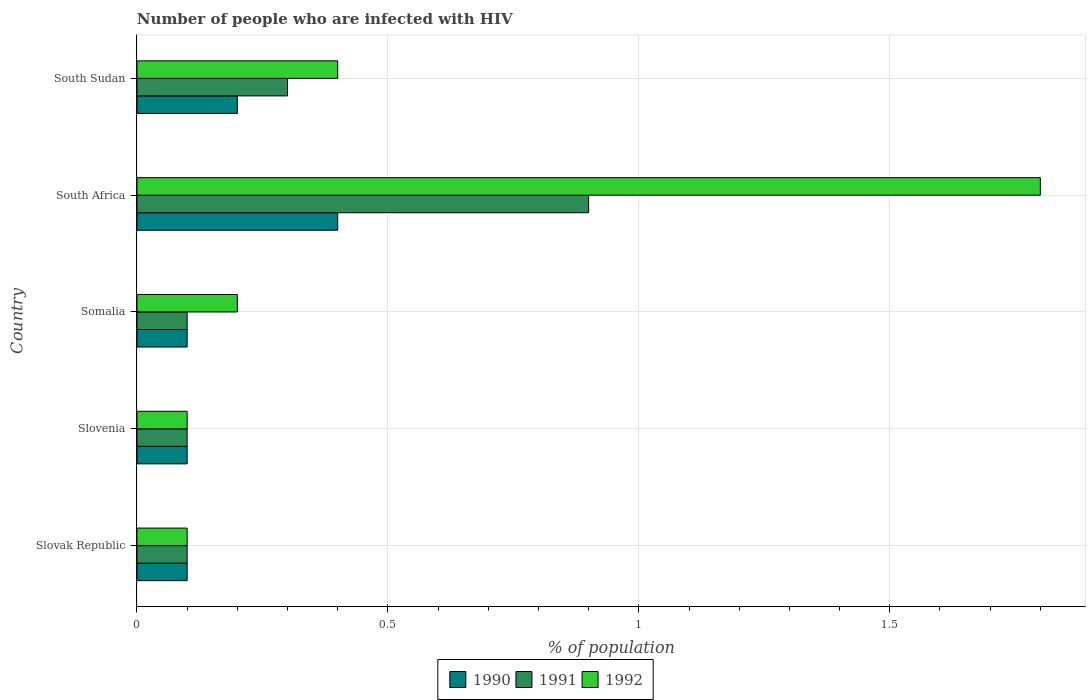
| Country | 1990 | 1991 | 1992 |
 | --- | --- | --- | --- |
 | Slovak Republic | 0.1 | 0.1 | 0.1 |
 | Slovenia | 0.1 | 0.1 | 0.1 |
 | Somalia | 0.1 | 0.1 | 0.2 |
 | South Africa | 0.4 | 0.9 | 1.8 |
 | South Sudan | 0.2 | 0.3 | 0.4 |